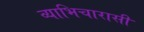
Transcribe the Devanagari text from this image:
व्याभिचारासी